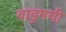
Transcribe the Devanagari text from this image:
वाड्रमयी